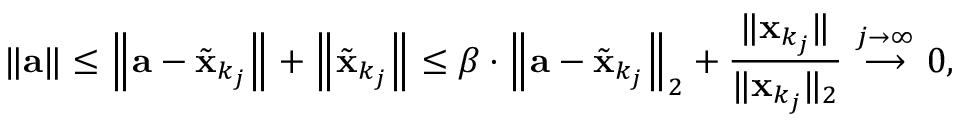
\| \mathbf { a } \| \leq \left\| \mathbf { a } - { \tilde { \mathbf { x } } } _ { k _ { j } } \right\| + \left\| { \tilde { \mathbf { x } } } _ { k _ { j } } \right\| \leq \beta \cdot \left\| \mathbf { a } - { \tilde { \mathbf { x } } } _ { k _ { j } } \right\| _ { 2 } + { \frac { \| \mathbf { x } _ { k _ { j } } \| } { \| \mathbf { x } _ { k _ { j } } \| _ { 2 } } } \ { \overset { j \to \infty } { \longrightarrow } } \ 0 ,